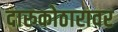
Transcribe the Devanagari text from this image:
दारुकोठारावर